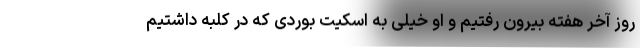
روز آخر هفته بیرون رفتیم و او خیلی به اسکیت بوردی که در کلبه داشتیم